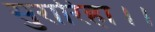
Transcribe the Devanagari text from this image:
सुरारिहा।।